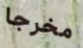
مخرجا